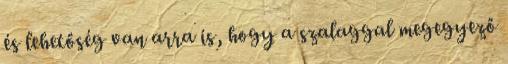
és lehetőség van arra is, hogy a szalaggal megegyező